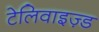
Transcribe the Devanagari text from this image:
टेलिवाइज़्ड